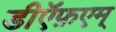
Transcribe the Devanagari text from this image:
डीऍफ़एम्